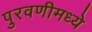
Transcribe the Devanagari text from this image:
पुरवणीमध्ये